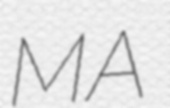
MA